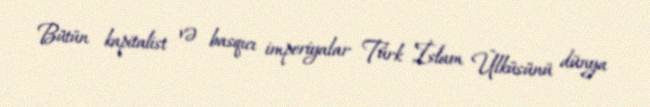
Bütün kapitalist və basqıcı imperiyalar Türk İslam Ülküsünü dünya